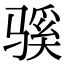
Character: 𫘬